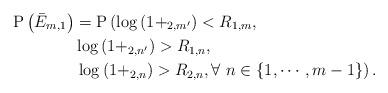
LaTeX: \begin{align*}\mathrm{P}\left( \bar{E}_{m,1} \right) &= \mathrm{P}\left(\log\left(1+_{2,m'}\right)<R_{1,m}, \right. \\ &\log\left(1+_{2,n'}\right)>R_{1,n},\\ & \left.\log\left(1+_{2,n}\right)>R_{2,n}, \forall ~n\in \{1, \cdots, m-1\}\right).\end{align*}